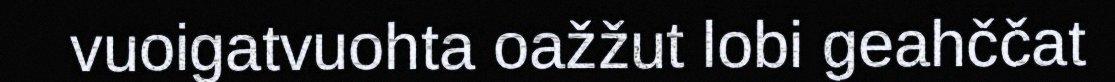
vuoigatvuohta oažžut lobi geahččat